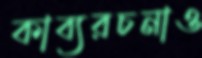
কাব্যরচনাও